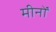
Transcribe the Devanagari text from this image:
मीनों